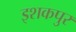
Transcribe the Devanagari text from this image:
इशकपुर